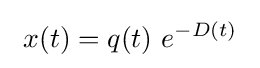
\ x(t)=q(t)\ e^{-D(t)}\